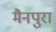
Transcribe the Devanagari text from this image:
मैनपुरा